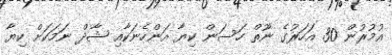
އުމުރުން 30 އަހަރުގެ ނޫތް ހަސަން ކިޔާ އަންހެނަކާއި ޝާދް ނަމަކަށް ކިޔާ